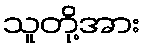
သူတို့အား